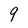
Character: 9